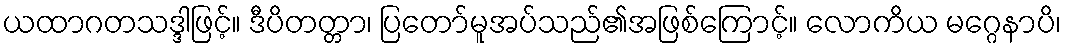
ယထာဂတသဒ္ဒါဖြင့်။ ဒီပိတတ္တာ၊ ပြတော်မူအပ်သည်၏အဖြစ်ကြောင့်။ လောကိယ မဂ္ဂေနာပိ၊